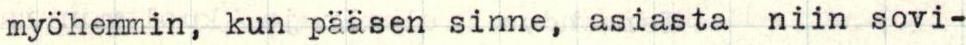
myöhemmin, kun pääsen sinne, asiasta niin sovi-